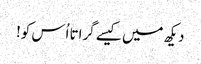
دیکھ میں کیسے گراتا اُس کو!